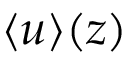
\langle u \rangle ( z )